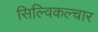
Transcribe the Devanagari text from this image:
सिल्विकल्चार